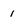
Character: 1